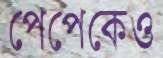
পেপেকেও